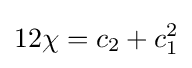
12\chi =c_{2}+c_{1}^{2}